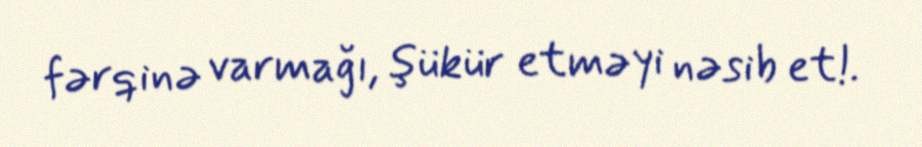
fərqinə varmağı, şükür etməyi nəsib et!.